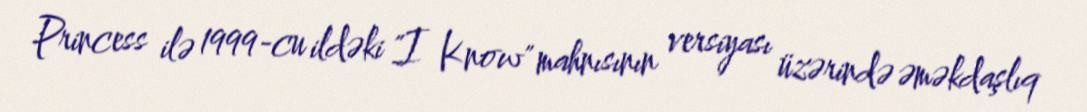
Princess ilə 1999-cu ildəki "I Know" mahnısının versiyası üzərində əməkdaşlıq